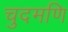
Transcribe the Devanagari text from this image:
चुदमणि